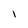
Character: I